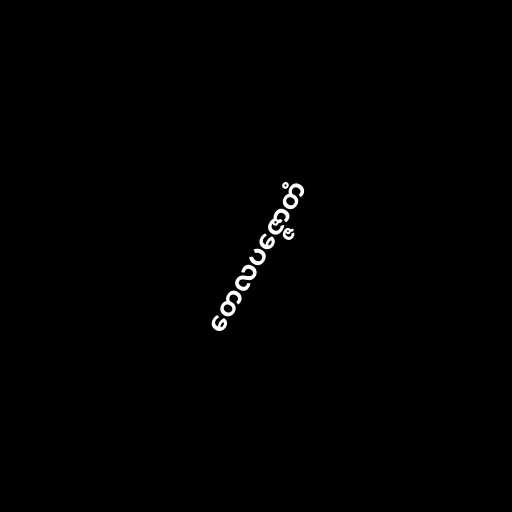
တေလပဇ္ဇောတံ